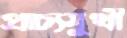
প্রাচ্যমুখী